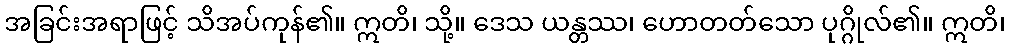
အခြင်းအရာဖြင့် သိအပ်ကုန်၏။ ဣတိ၊ သို့။ ဒေသ ယန္တဿ၊ ဟောတတ်သော ပုဂ္ဂိုလ်၏။ ဣတိ၊